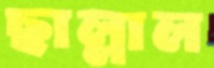
ছাল্লাল